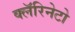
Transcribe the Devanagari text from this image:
क्लॅरिनेटो